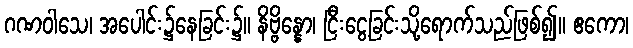
ဂဏဝါသေ၊ အပေါင်း၌နေခြင်း၌။ နိဗ္ဗိန္နော၊ ငြီးငွေ့ခြင်းသို့ရောက်သည်ဖြစ်၍။ ဧကော၊